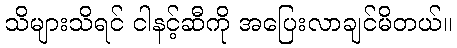
သိများသိရင် ငါနင့်ဆီကို အပြေးလာချင်မိတယ်။